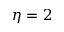
\eta = 2